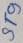
Text: ST9